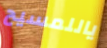
ياللمسيح